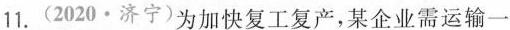
11.(2020·济宁)为加快复工复产，某企业需运输一